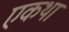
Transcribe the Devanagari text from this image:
एकथा